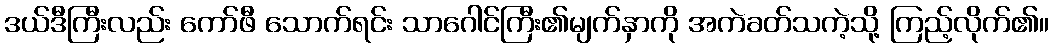
ဒယ်ဒီကြီးလည်း ကော်ဖီ သောက်ရင်း သာဂေါင်ကြီး၏မျက်နှာကို အကဲခတ်သကဲ့သို့ ကြည့်လိုက်၏။